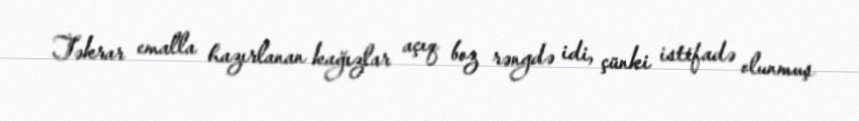
Təkrar emalla hazırlanan kağızlar açıq boz rəngdə idi, çünki istifadə olunmuş